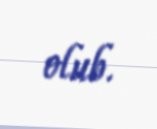
olub.